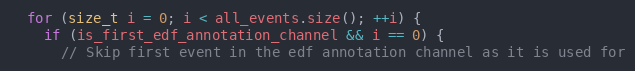
Language: C++
  for (size_t i = 0; i < all_events.size(); ++i) {
    if (is_first_edf_annotation_channel && i == 0) {
      // Skip first event in the edf annotation channel as it is used for